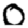
Digit: 0